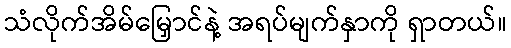
သံလိုက်အိမ်မြှောင်နဲ့ အရပ်မျက်နှာကို ရှာတယ်။